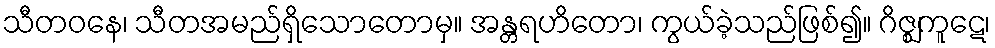
သီတဝနေ၊ သီတအမည်ရှိသောတောမှ။ အန္တရဟိတော၊ ကွယ်ခဲ့သည်ဖြစ်၍။ ဂိဇ္ဈကူဋေ၊